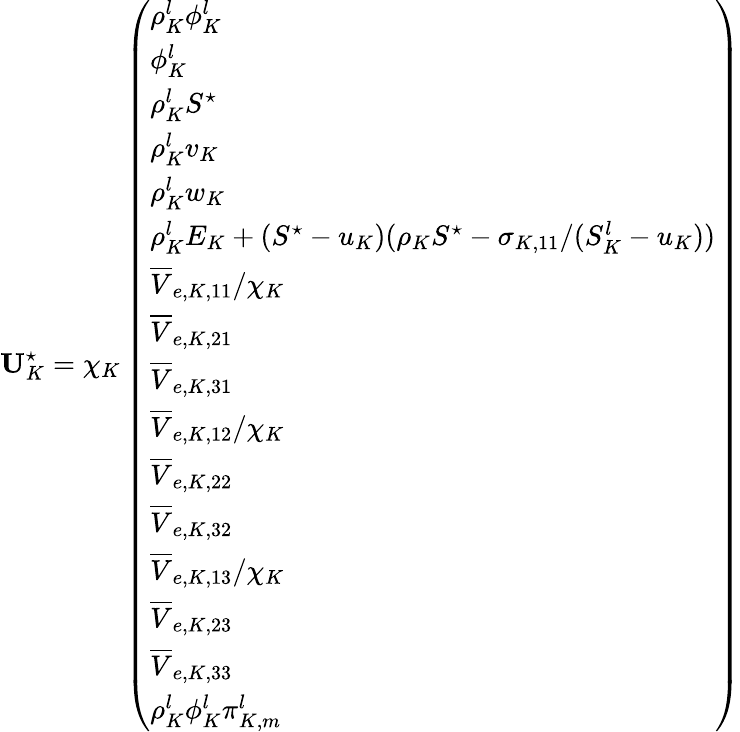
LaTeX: \mathbf{U}_{K}^{\star}=\chi_{K}\left(\begin{array}{l}{\rho_{K}^{l}\phi_{K}^{l}}\\ {\phi_{K}^{l}}\\ {\rho_{K}^{l}S^{\star}}\\ {\rho_{K}^{l}v_{K}}\\ {\rho_{K}^{l}w_{K}}\\ {\rho_{K}^{l}E_{K}+(S^{\star}-u_{K})(\rho_{K}S^{\star}-\sigma_{K,11}/(S_{K}^{l}-u_{K}))}\\ {\overline{{V}}_{e,K,11}/\chi_{K}}\\ {\overline{{V}}_{e,K,21}}\\ {\overline{{V}}_{e,K,31}}\\ {\overline{{V}}_{e,K,12}/\chi_{K}}\\ {\overline{{V}}_{e,K,22}}\\ {\overline{{V}}_{e,K,32}}\\ {\overline{{V}}_{e,K,13}/\chi_{K}}\\ {\overline{{V}}_{e,K,23}}\\ {\overline{{V}}_{e,K,33}}\\ {\rho_{K}^{l}\phi_{K}^{l}\pi_{K,m}^{l}}\end{array}\right)